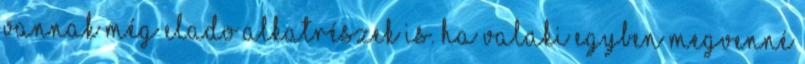
vannak még elado alkatrészek is. HA valaki egyben megvenné